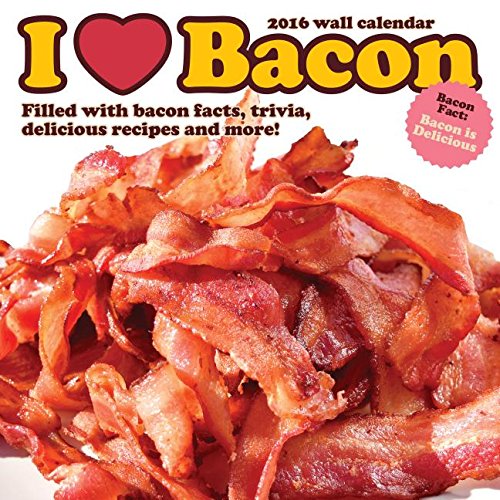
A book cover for I Love Bacon: Filled with Bacon Facts, Trivia, Delicious Recipes and More!; Calendars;